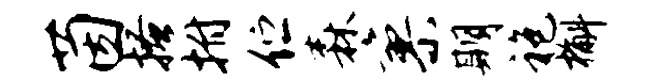
茵搔拊伫森寥期袍槲